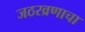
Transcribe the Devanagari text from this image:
जठरव्रणाचा